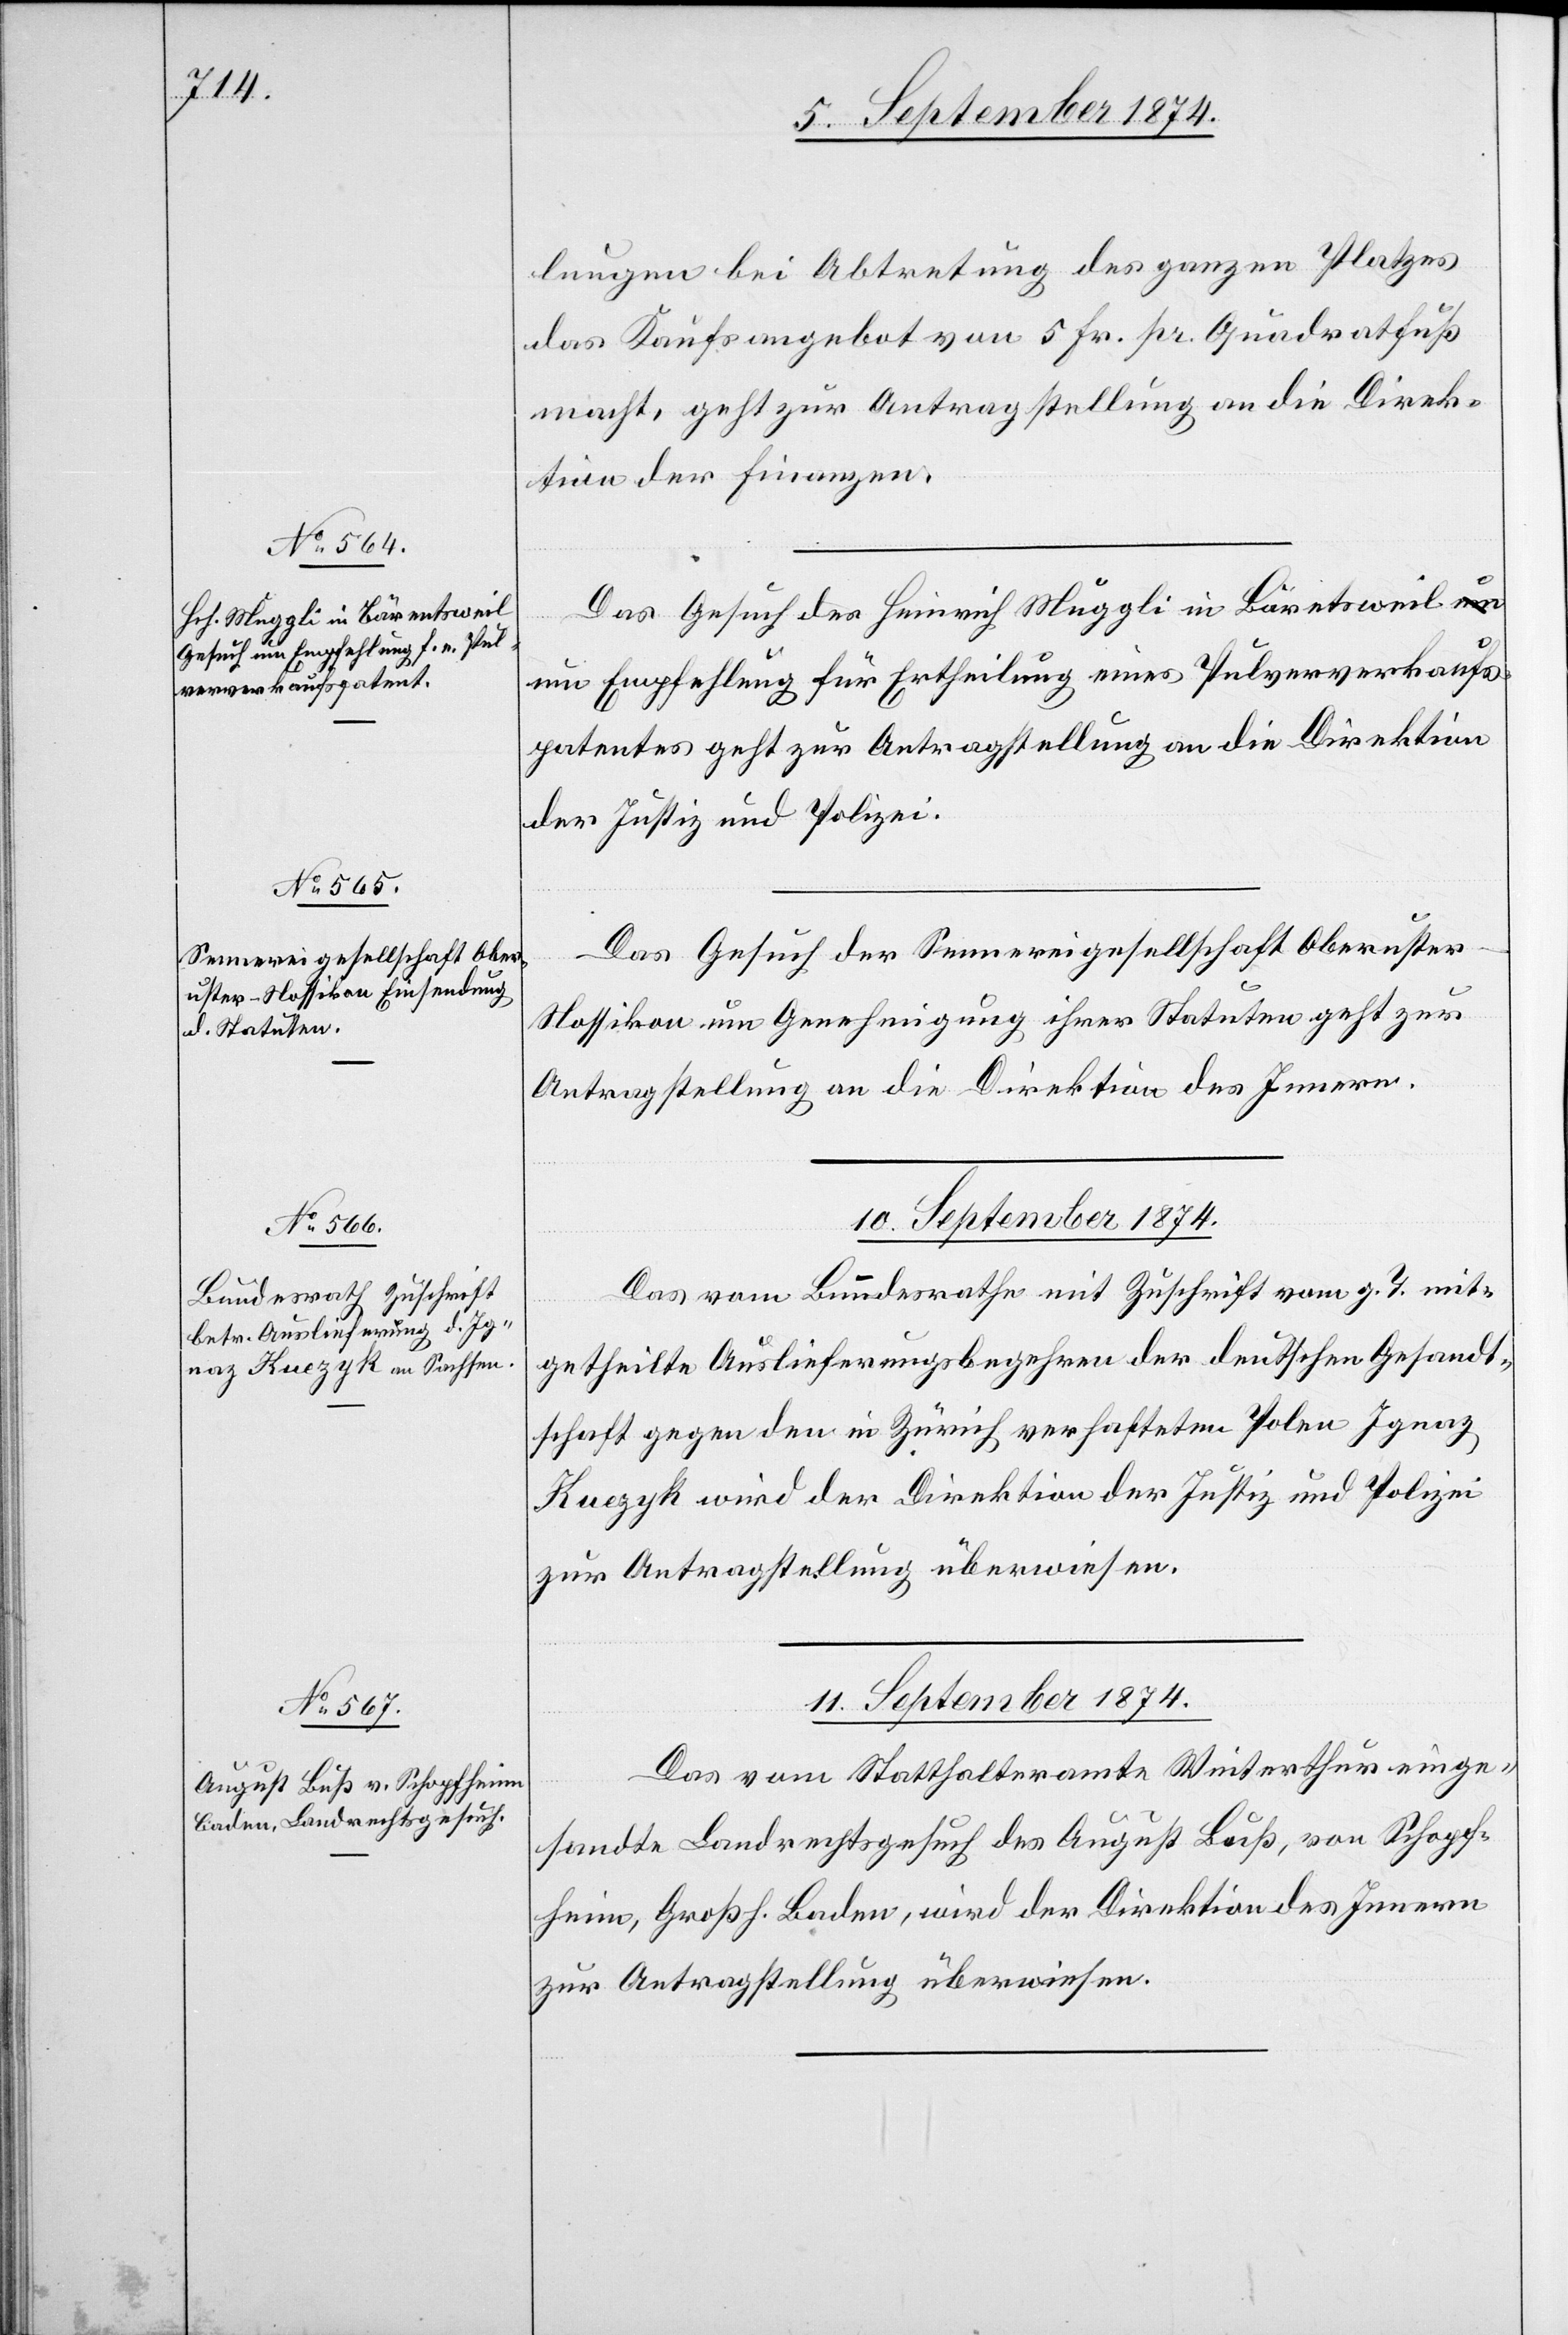
9. September 1874.]
lungen bei Abtretung des ganzen Platzes
das Kaufsangebot von 5 Fr. pr. Quadratfuß
macht, geht zur Antragstellung an die Direk¬
tion der Finanzen.
Das Gesuch des Heinrich Muggli in Bäretsweil
um Empfehlung für Ertheilung eines Pulververkaufs¬
patentes geht zur Antragstellung an die Direktion
der Justiz und Polizei.
Das Gesuch der Sennereigesellschaft Oberuster-N¬
ossikon um Genehmigung ihrer Statuten geht zur
Antragstellung an die Direktion des Innern.
10. September 1874.
Das vom Bundesrathe mit Zuschrift vom g. T. mit¬
getheilte Auslieferungsbegehren der deutschen Gesandt¬
schaft gegen den in Zürich verhafteten Polen Ignaz
Kuezyk wird der Direktion der Justiz und Polizei
zur Antragstellung überwiesen.
11. September 1874.
Das vom Statthalteramte Winterthur einge¬
sandte Landrechtsgesuch des August Buß, von Schopf¬
heim, Großh. Baden, wird der Direktion des Innern
zur Antragstellung überwiesen.